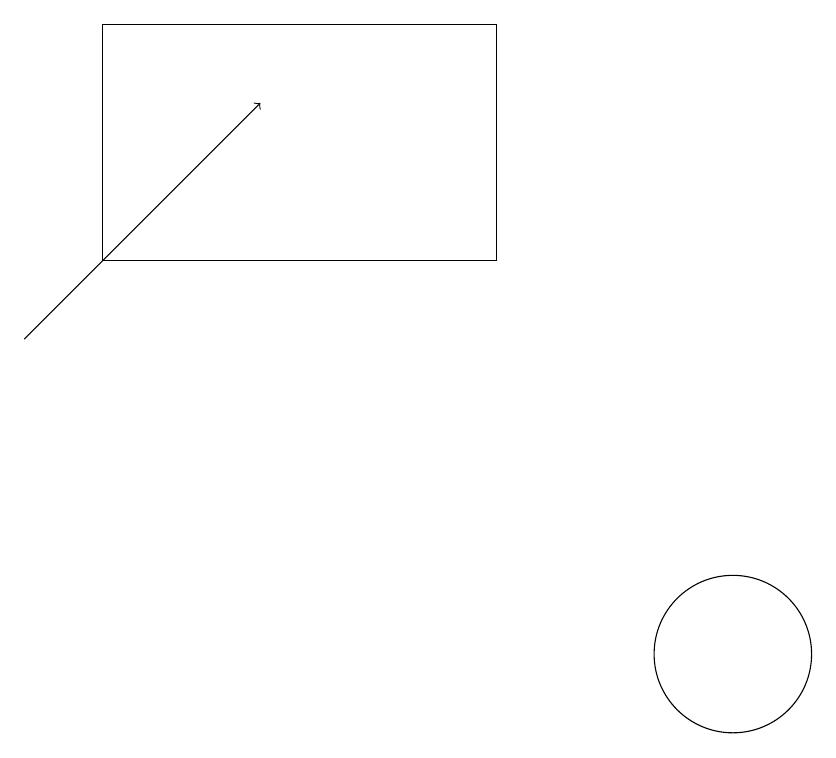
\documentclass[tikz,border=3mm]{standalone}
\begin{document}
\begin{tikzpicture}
\draw (3,16) rectangle (8,19);
\draw (11,11) circle (1);
\draw[->] (2,15) -- (5,18);
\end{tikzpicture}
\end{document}